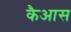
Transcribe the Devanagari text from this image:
कैआस